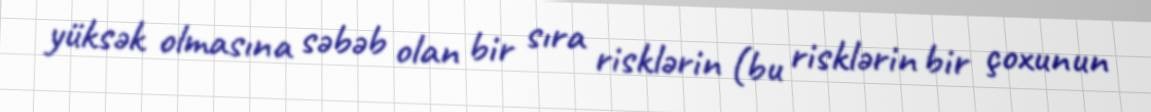
yüksək olmasına səbəb olan bir sıra risklərin (bu risklərin bir çoxunun